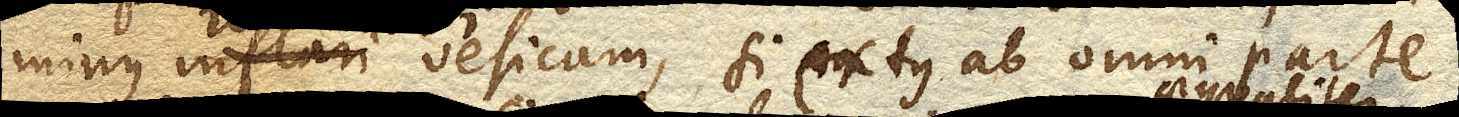
minus inflari vesicam, si extus ab omni parte